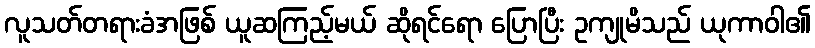
လူသတ်တရားခံအဖြစ် ယူဆကြည့်မယ် ဆိုရင်ရော ပြောပြီး ဥကျုမိသည် ယုကာဝါ၏